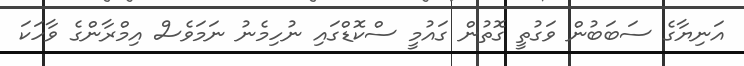
އަނިޔާގެ ސަބަބުން ވަގުތީ ގޮތުން ގައުމީ ސްކޮޑްގައި ނުހިމެނު ނަމަވެސް އިމްރާންގެ ވާހަކަ